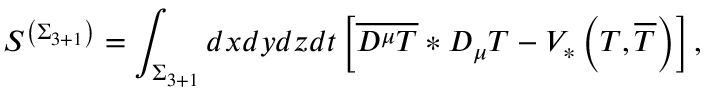
S ^ { \left( \Sigma _ { 3 + 1 } \right) } = \int _ { \Sigma _ { 3 + 1 } } d x d y d z d t \left[ \overline { { { D ^ { \mu } T } } } * D _ { \mu } T - V _ { * } \left( T , \overline { { { T } } } \right) \right] ,